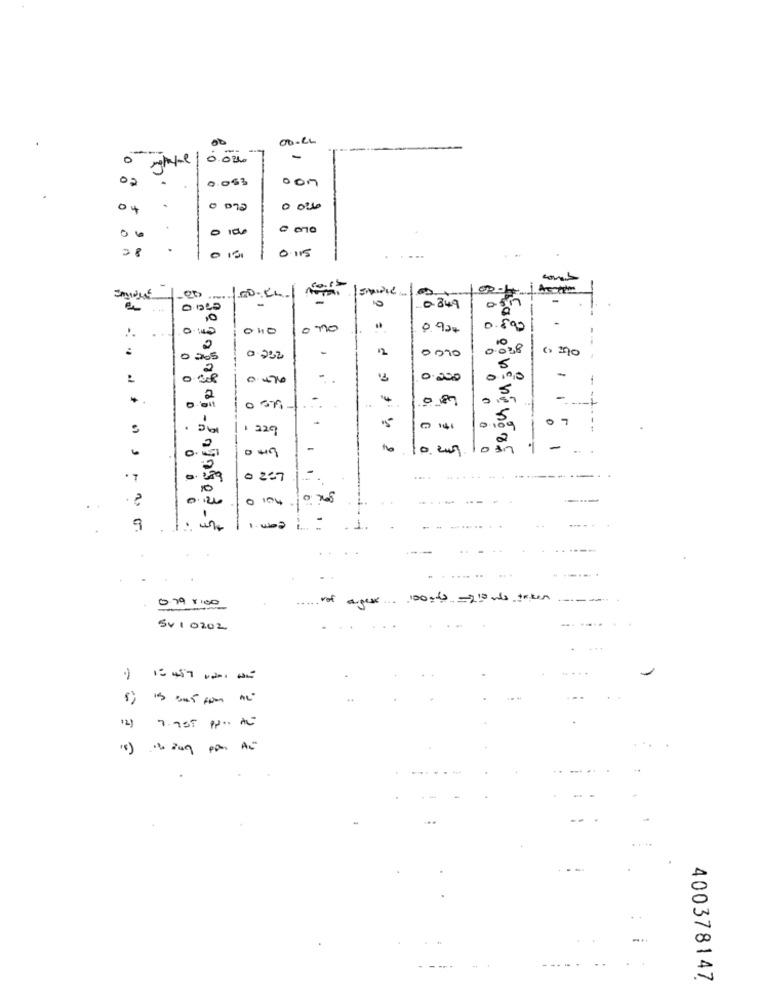
00
00-24
--
0.02.
-
0.003
.
0
0
0
0
0.115
-
-
0.849
-
01
0
10
-
--
o no
0.924
.890
.. .
-
12
0090
0.038
0265
0.222
5
0 0
0.200
0
-
-
5
0.
0 579
-1
.
1 224
109
1
6
-
0
in
1
0
237
10
0 0.
0.26
0 104
-
9
vot
agex .. 100:00 -210 was taken
5410202
12)
2 2
400378147